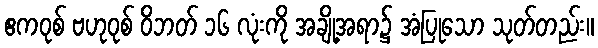
ဧကဝုစ် ဗဟုဝုစ် ဝိဘတ် ၁၆ လုံးကို အချို့အရာ၌ အံပြုသော သုတ်တည်း။